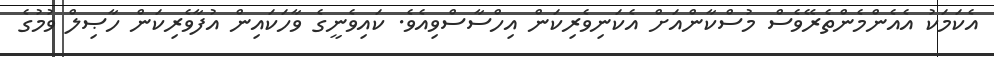
އެކަމަކު އެއެންމެންތެރޭވެސް މުސްކާންއަށް އެކަނިވެރިކަން އިހްސާސްވިއެވެ. ކައިވެނީގެ ވާހަކައިން އުފާވެރިކަން ހާޞިލް ވުމުގެ